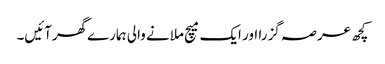
کچھ عرصہ گزرا اور ایک میچ ملانے والی ہمارےگھرآئیں۔